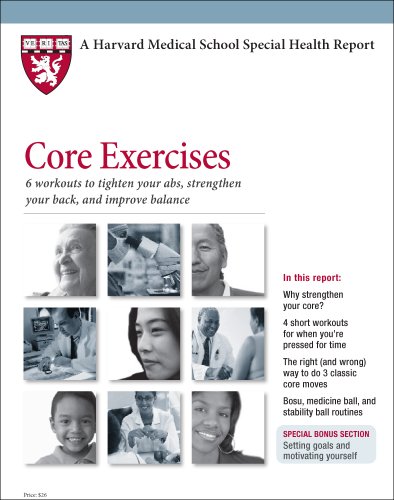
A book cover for Harvard Medical School Core Exercises: 6 workouts to tighten your abs, strengthen your back, and improve balance; Edward M. Phillips; Health, Fitness & Dieting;